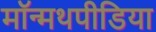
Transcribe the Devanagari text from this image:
मॉन्मथपीडिया